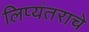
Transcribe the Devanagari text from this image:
लिप्यंतराचे